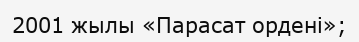
2001 жылы «Парасат ордені»;